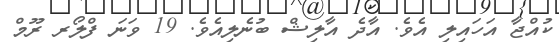
ކުއްޖާ އަހައިލި އެވެ. އާދެ އާލިޝް ބުނެލިއެވެ. 19 ވަނަ ފްލޯރ ރޫމް